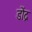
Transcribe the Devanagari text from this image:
डोंद्र